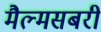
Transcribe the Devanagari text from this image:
मैल्मसबरी